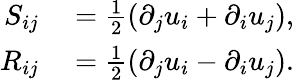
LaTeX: \begin{array}{rl}{S_{ij}}&{{}=\frac{1}{2}\left(\partial_{j}u_{i}+\partial_{i}u_{j}\right),}\\ {R_{ij}}&{{}=\frac{1}{2}\left(\partial_{j}u_{i}-\partial_{i}u_{j}\right).}\end{array}